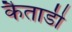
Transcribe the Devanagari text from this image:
कैताडी